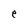
Character: e